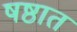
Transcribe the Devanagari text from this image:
षष्ठात